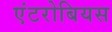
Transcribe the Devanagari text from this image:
एंटरोबियस